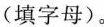
(填字母)。